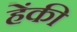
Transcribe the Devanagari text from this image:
हेंकी